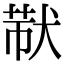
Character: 𤟓